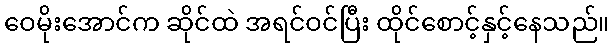
ဝေမိုးအောင်က ဆိုင်ထဲ အရင်ဝင်ပြီး ထိုင်စောင့်နှင့်နေသည်။